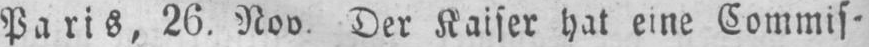
Paris, 26. Nov. Der Kaiser hat eine Commis⸗